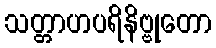
သတ္တာဟပရိနိဗ္ဗုတော